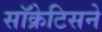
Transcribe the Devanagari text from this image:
सॉक्रेटिसने